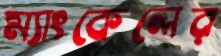
ম্যাংকেলের